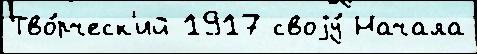
Тво́рческ'ий 1917 своjу́ Начала